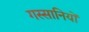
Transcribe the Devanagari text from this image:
गस्सानियों